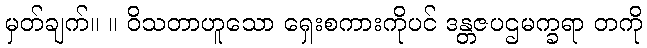
မှတ်ချက်။ ။ ဝိသတာဟူသော ရှေးစကားကိုပင် ဒန္တဇပဌမက္ခရာ တကို